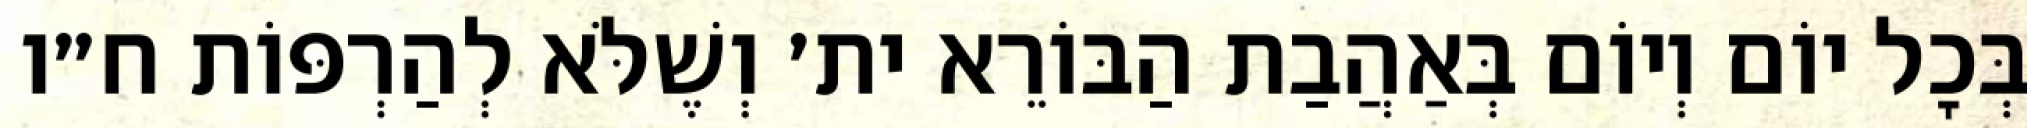
בְּכׇל יוֹם וְיוֹם בְּאַהֲבַת הַבּוֹרֵא ית׳ וְשֶׁלֹּא לְהַרְפּוֹת ח״ו